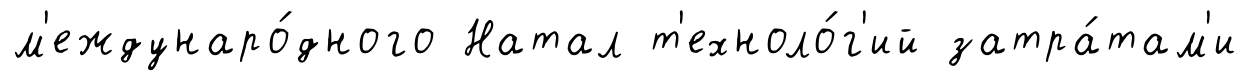
м'еждунаро́дного Натал т'ехноло́г'ий затра́там'и